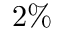
2 \%